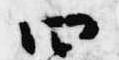
四